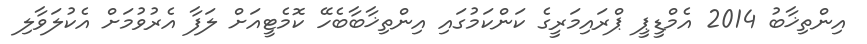
އިންތިޚާބު 2014 އެމްޑީޕީ ޕްރައިމަރީގެ ކަންކަމުގައި އިންތިޚާބާބެހޭ ކޮމެޓީއަށް ލަފާ އެރުވުމަށް އެކުލަވާލި